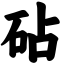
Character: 砧